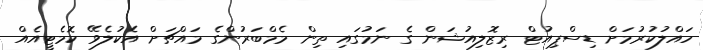
ހައްލުކުރުމަށް ޑިސްޕިއުޓް ރިޒޮލިއުޝަން ގެ ނަމުގައި ތިން މެމްބަރުންގެ މައްޗަށް އެކުލެވޭ ކޮމެޓީއެއް